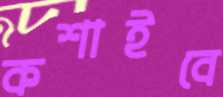
কশাইবে